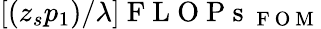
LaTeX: [(z_{s}p_{1})/{\lambda}]\mathrm{~F~L~O~P~s~}_{\mathrm{~F~O~M~}}